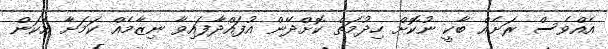
އެއްވެސް ރަށެއް ބާކީ ނުކޮށް ހިދުމަތް ކޮށްދޭން އުފައްދާފައިވާ ނިޒާމެއް ކަމަށާ އެކަން